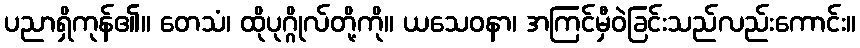
ပညာရှိကုန်၏။ တေသံ၊ ထိုပုဂ္ဂိုလ်တို့ကို။ ယသေဝနာ၊ အကြင်မှီဝဲခြင်းသည်လည်းကောင်း။